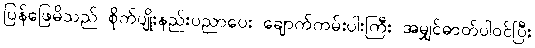
ပြန်ဖြေမိသည် စိုက်ပျိုးနည်းပညာပေး ချောက်ကမ်းပါးကြီး အမျှင်ဓာတ်ပါဝင်ပြီး